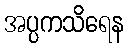
အပ္ပကသိရေန